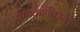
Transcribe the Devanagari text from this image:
वाद्यवर्गीकरण